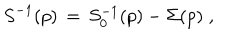
S ^ { - 1 } ( p ) \, = \, S _ { 0 } ^ { - 1 } ( p ) - \Sigma ( p ) \; ,